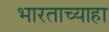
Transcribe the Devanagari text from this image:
भारताच्याहा